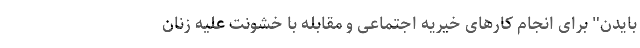
بایدن" برای انجام کارهای خیریه اجتماعی و مقابله با خشونت علیه زنان